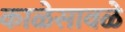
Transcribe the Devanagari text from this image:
काळेसावळे